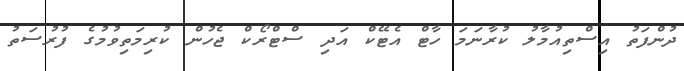
ދުންފަތު އިސްތިއުމާލު ކުރާނަމަ ހާޓް އެޓޭކް އަދި ސްޓްރޯކް ޖެހުން ކުރިމަތިވުމުގެ ފުރުސަތު